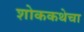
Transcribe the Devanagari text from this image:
शोककथेचा